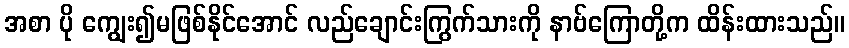
အစာ ပို ကျွေး၍မဖြစ်နိုင်အောင် လည်ချောင်းကြွက်သားကို နာဗ်ကြောတို့က ထိန်းထားသည်။